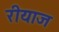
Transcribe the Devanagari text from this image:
रीयाज